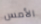
الأمس